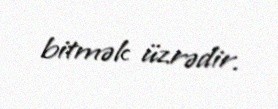
bitmək üzrədir.